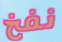
نفخ